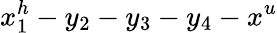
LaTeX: x_{1}^{h}-y_{2}-y_{3}-y_{4}-x^{u}